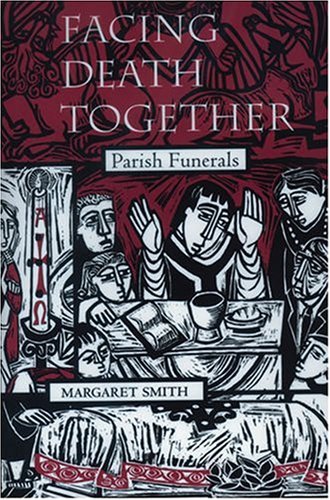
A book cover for Facing Death Together: Parish Funerals; Margaret Smith; Christian Books & Bibles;